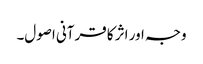
وجہ اور اثر کا قرآنی اصول۔